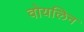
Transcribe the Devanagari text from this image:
वोयलिन